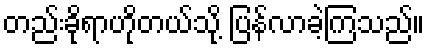
တည်းခိုရာဟိုတယ်သို့ ပြန်လာခဲ့ကြသည်။